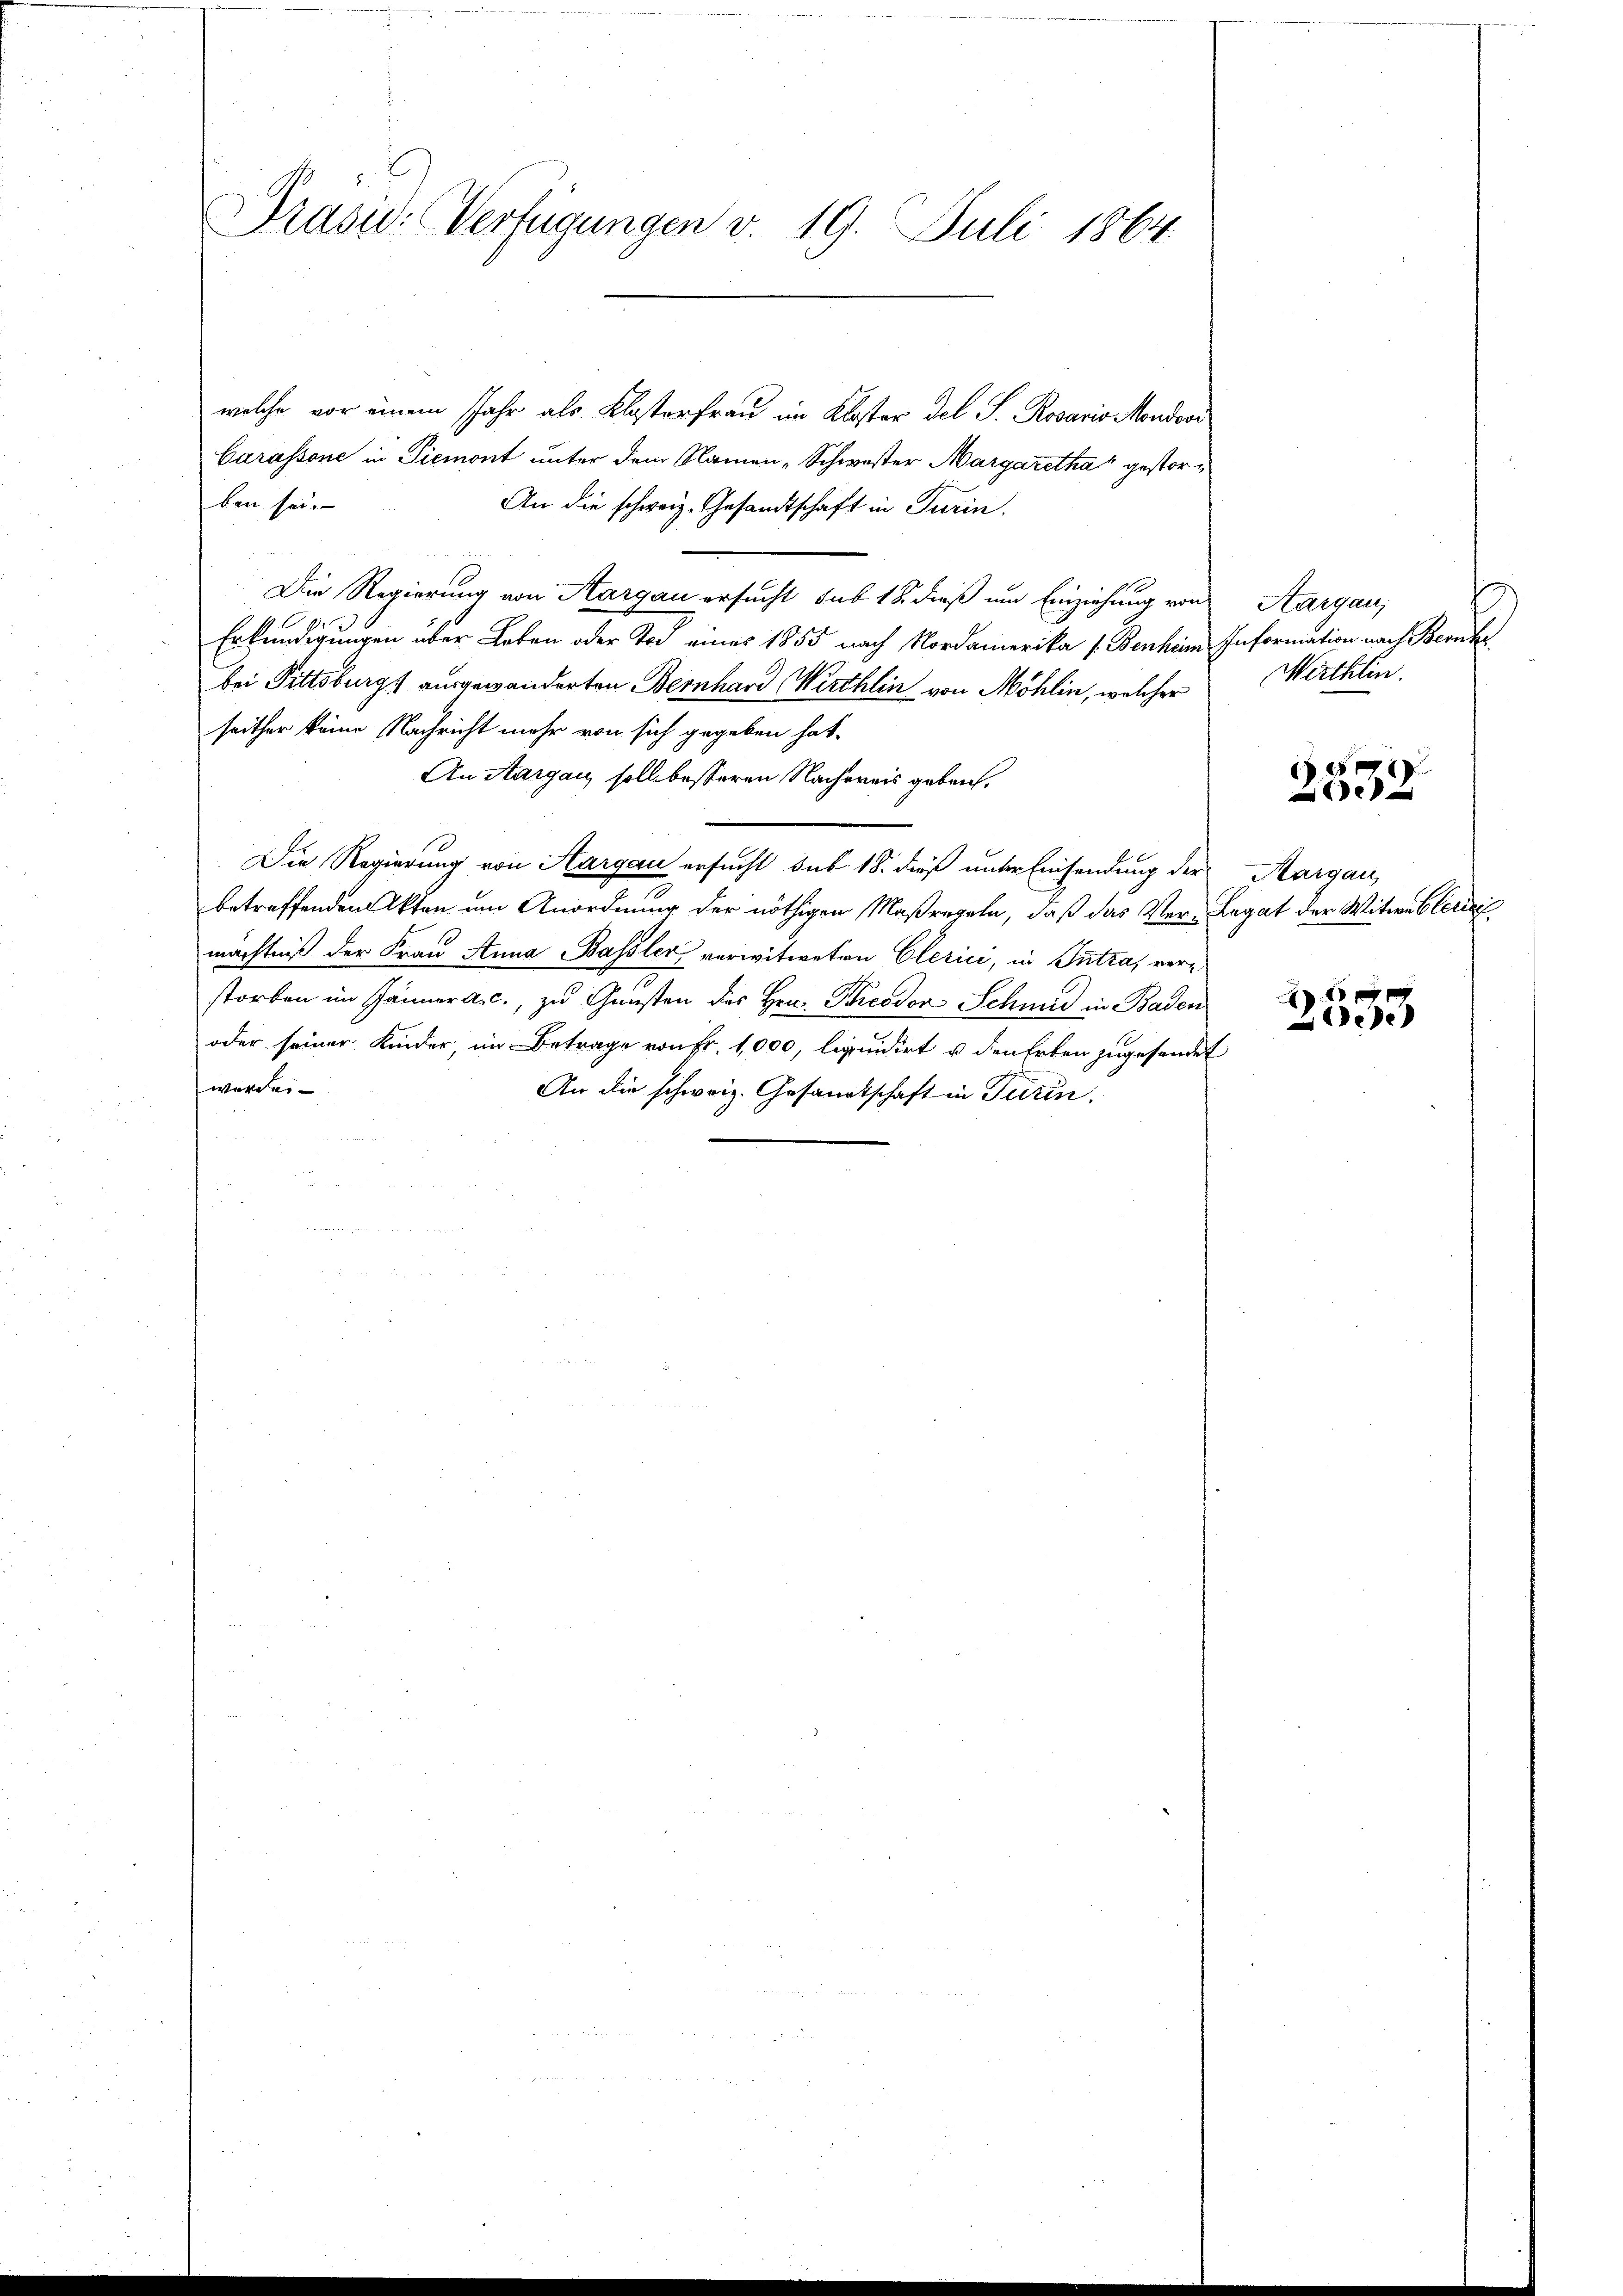
Prasw: Verfügungen v. 19. Juli 1864.

welche vor einem Jahr als Klosterfrau im Kloster del S. Rosaris Mondovi
Carassone in Piemont unter dem Namen-Schwester Margaretha, gestorben sei.
An die schweiz. Gesandtschaft in Turin.
Die Regierung von Aargau ersucht sub 18 dieß um Einziehung von
Erkundigungen über Leben oder Tod einer 1855 nach Nordamerika (Benhim Information nach Beruf
bei Fittsburgs ausgewanderten Bernhard Wirthlin von Möhlin, welcher
seither keine Nachricht mehr von sich gegeben hat,
An Aargau soll besseren Nachweis geben.
Die Regierung von Aargau ersucht sub 18. dieß unter Einsendung der
betreffenden Akten um Anordnung der nöthigen Maßregeln, daß das Ver-Legat der Witwe beric
mächtniß der Frau Anna Bassler verwitweten Clerici, in Intra, verstorben im Jänner a. c., zu Gunsten des Hrn. Theodor Schmid in Baden
oder seiner Kinder, im Betrage von Fr. 1,000, liquidirt u den Erben zugesendet
worden
An die schweiz. Gesandtschaft in Turin.

Aargau,
Wirthlin.
1 f 0 x

e

Aargau,

2553